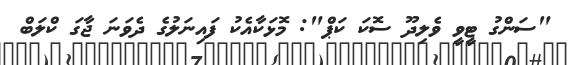
"ސަންގު ޓީވީ ވެލިދޫ ސޮކަ ކަޕް": މޮޅަކާއެކު ފައިނަލުގެ ދެވަނަ ޖާގަ ކްލަބް